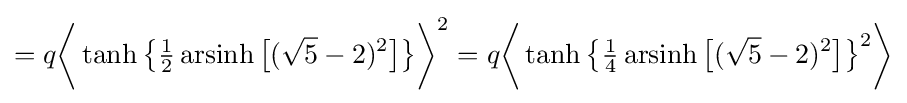
=q{\biggl \langle }\operatorname {tanh} {\bigl \{}{\tfrac {1}{2}}\operatorname {arsinh} {\bigl [}({\sqrt {5}}-2)^{2}{\bigr ]}{\bigr \}}{\biggr \rangle }^{2}=q{\biggl \langle }\operatorname {tanh} {\bigl \{}{\tfrac {1}{4}}\operatorname {arsinh} {\bigl [}({\sqrt {5}}-2)^{2}{\bigr ]}{\bigr \}}^{2}{\biggr \rangle }